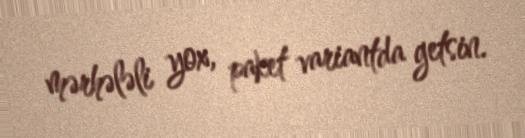
mərhələli yox, paket variantda getsin.